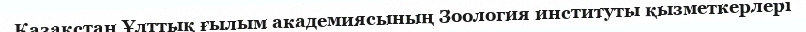
Қазақстан Ұлттық ғылым академиясының Зоология институты қызметкерлері